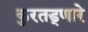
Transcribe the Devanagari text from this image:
कुरतड्णारे